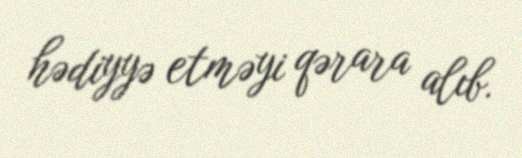
hədiyyə etməyi qərara alıb.